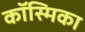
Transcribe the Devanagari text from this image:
कॉस्मिका